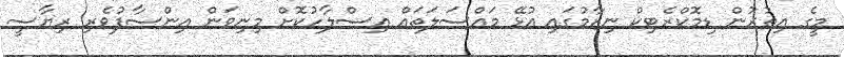
މީގެ އިތުރުން ޑިމޮކްރެޓިކް ނިޒާމުގައި އުޅޭ މައްސަލަތައް އިސްލާހުކޮށް މިނިވަން އިންސާފުވެރި ރިޔާސީ